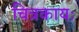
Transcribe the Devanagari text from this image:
चित्रकायः